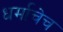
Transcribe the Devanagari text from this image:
धर्माचेच